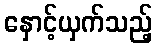
နှောင့်ယှက်သည့်